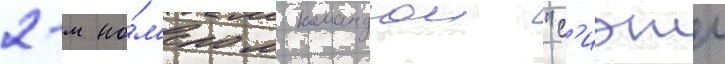
2-м но́м'ером командои "с'иэтл